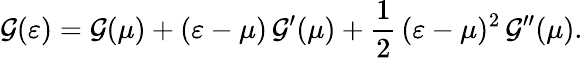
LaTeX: \mathcal{G}(\varepsilon)=\mathcal{G}(\mu)+(\varepsilon-\mu)\, \mathcal{G}^{\prime}(\mu)+\frac{{1}}{{2}}\, (\varepsilon-\mu)^{2}\, \mathcal{G}^{\prime\prime}(\mu).